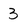
Character: 3